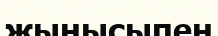
жынысыпен